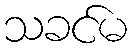
သခင်မ